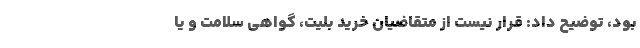
بود، توضیح داد: قرار نیست از متقاضیان خرید بلیت، گواهی سلامت و یا